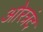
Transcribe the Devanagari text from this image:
ओरत्रंद